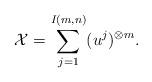
LaTeX: \begin{align*}\mathcal{X} = \sum_{j=1}^{I(m,n)} (u^j)^{\otimes m}.\end{align*}